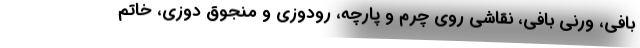
بافی، ورنی بافی، نقاشی روی چرم و پارچه، رودوزی و منجوق دوزی، خاتم